Scientific memoirs by medical officers of the Army of India - Part V,
Year: 1890
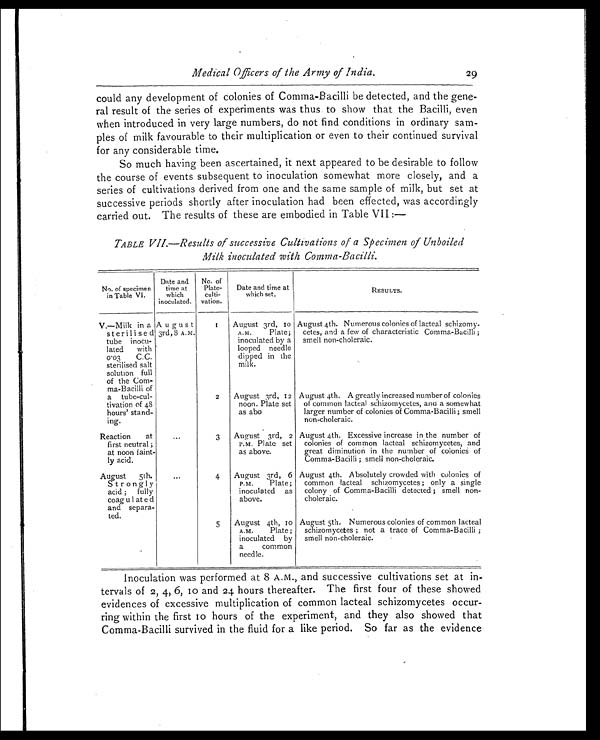
could any development of colonies of Comma-Bacilli be detected, and the gene-
ral result of the series of experiments was thus to show that the Bacilli, even
when introduced in very large numbers, do not find conditions in ordinary sam-
ples of milk favourable to their multiplication or even to their continued survival
for any considerable time.
So much having been ascertained, it next appeared to be desirable to follow
the course of events subsequent to inoculation somewhat more closely, and a
series of cultivations derived from one and the same sample of milk, but set at
successive periods shortly after inoculation had been effected, was accordingly
carried out. The results of these are embodied in Table VII :—
TABLE VII.—Results of successive Cultivations of a Specimen of Unboiled
Milk inoculated with Comma-Bacilli.
Medical Officers of the Army of India.
29
Inoculation was performed at 8 A.M., and successive cultivations set at in-
tervals of 2, 4, 6, 10 and 24 hours thereafter. The first four of these showed
evidences of excessive multiplication of common lacteal schizomycetes occur-
ring within the first 10 hours of the experiment, and they also showed that
Comma-Bacilli survived in the fluid for a like period. So far as the evidence
No. of specimen
in Table VI.
Date and
time at
which
inoculated.
No. of
Plate-
culti-
vation.
Date and time at
which set.
RESULTS.
V.—Milk in a
sterilised
tube inocu-
lated with
0.03 C.C.
sterilised salt
solution full
of the Com-
ma-Bacilli of
a tube-cul-
tivation of 48
hours' stand-
ing.
August
3rd, 8 A.M.
1 August 3rd, 10
A.M. Plate;
inoculated by a
looped needle
dipped in the
milk.
August 4th. Numerous colonies of lacteal schizomy-
cetes, and a few of characteristic Comma-Bacilli ;
smell non-choleraic.
2 August 3rd, 12
noon. Plate set
as abo
August 4th. A greatly increased number of colonies
or common lacteal schizomycetes, and a somewhat
larger number of colonies of Comma-Bacilli ; smell
non-choleraic.
Reaction at
first neutral ;
at noon faint-
ly acid.
...
3 August 3rd, 2
P.M. Plate set
as above.
August 4th. Excessive increase in the number of
colonies of common lacteal schizomycetes, and
great diminution in the number of colonies of
Comma-Bacilli ; smell non-choleraic.
August 5th.
Strongly
acid ; fully
coagulated
and separa-
ted.
...
4 August 3rd, 6
P.M. Plate;
inoculated as
above.
August 4th. Absolutely crowded with colonies of
common lacteal schizomycetes ; only a single
colony of Comma-Bacilli detected ; smell non-
choleraic.
5 August 4th, 10
A.M. Plate ;
inoculated by
a common
needle.
August 5th. Numerous colonies of common lacteal
schizomycetes ; not a trace of Comma-Bacilli ;
smell non-choleraic.